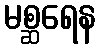
မစ္ဆရေန